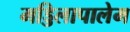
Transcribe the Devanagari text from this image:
मड्डिलापालेम